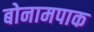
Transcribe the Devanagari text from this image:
बोनामपाक